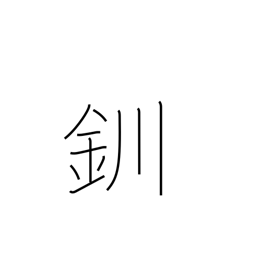
Meaning: bracelet